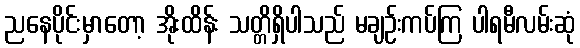
ညနေပိုင်းမှာတော့ အိုးထိန်း သတ္တိရှိပါသည် မချဉ်းကပ်ကြ ပါရမီလမ်းဆုံ